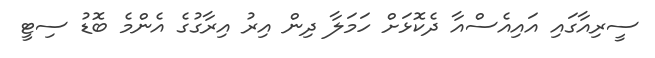
ސީރިއާގައި އައިއެސްއާ ދެކޮޅަށް ހަމަލާ ދިން އިރު އިރާގުގެ އެންމެ ބޮޑު ސިޓީ